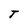
Character: T